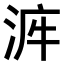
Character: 𣴿